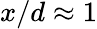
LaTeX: x/d\approx 1